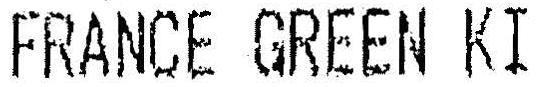
FRANCE GREEN KI